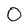
Character: O